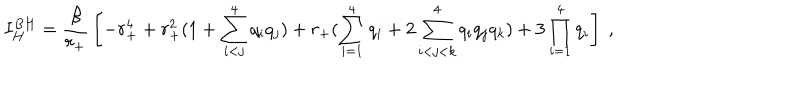
I _ { H } ^ { B H } = { \frac { \beta } { r _ { + } } } \left[ - r _ { + } ^ { 4 } + r _ { + } ^ { 2 } ( 1 + \sum _ { i < j } ^ { 4 } q _ { i } q _ { j } ) + r _ { + } ( \sum _ { i = 1 } ^ { 4 } q _ { i } + 2 \sum _ { i < j < k } ^ { 4 } q _ { i } q _ { j } q _ { k } ) + 3 \prod _ { i = 1 } ^ { 4 } q _ { i } \right] \ ,